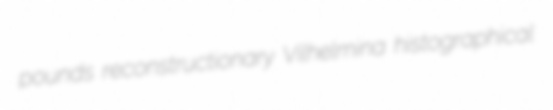
pounds reconstructionary Vilhelmina histographical